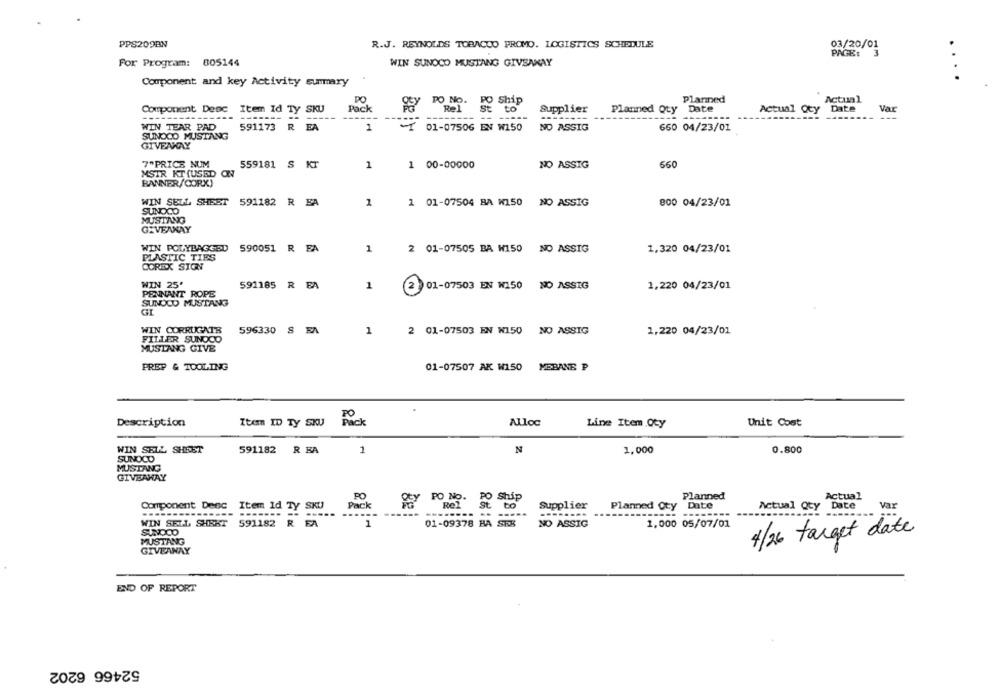
PPS209BN
R.J. REYNOLDS TOBACCO PROMO. LOGISTICS SCHEDULE
03/20/01
PAGE:
For Program: 805144
WIN SUNOCO MUSTANG GIVEAWAY
Component and key Activity summary
PO
PO No.
PO Ship
Planned
Actual
Component Denc Item Id Ty SKU
Pack
Rel
St to
Supplier
Planned Qty Date
Actual Qty
Date
Var
-------
-- ----
591173 R EA
WIN TEAR PAD
1
1 01-07506 EN W150
NO ASSIG
660 04/23/01
SUNOCO MUSTANG
GIVEAWAY
7"PRICE NUM
559181 S KT
1
1 00-00000
NO ASSIG
560
MSTR KT {USED ON
BANNER/CORX)
WIN SELL SHEST
591182 R FA
800 04/23/01
1
1 01-07504 BA W150 NO ASSIG
SUNOCO
MUSTANG
GIVEAKAY
WIN POLYBAGGED
590051 R FA
1
2 01-07505 BA W150 NO ASSIG
1,320 04/23/01
PLASTIC TIES
COREX SIGN
WIN 25'
591185 R EA
1
PENNANT ROPE
(2)
01-07503 EN W150 NO ASSIG
1,220 04/23/01
SUNOCO MUSTANG
WIN CORRUGATE
596330 S EA
1
2 01-07503 EN W150 NO ASSIG
1,220 04/23/01
FILLER SUNOCO
MUSTANG GIVE
PREP & TOOLING
01-07507 AK W150 MEBANE P
PO
Description
Item ID TY SKU
Pack
Alloc
Unit Cost
Line Item Qty
WIN SELL SHEET
591182 R BA
1
N
1,000
0.800
SUNOCO
MUSTANG
GIVEAWAY
Actual
PO
PO No.
PO Ship
Planned
Component Desc Item Id Ty SKU
Pack
RO
St to
Supplier
Planned Qty Date
Actual Qty
Date
Var
-------
---------
WIN SEIL SHEET 591182 R EA
1
01-09378 BA SER
NO ASSIG
1,000 05/07/01
SUNOCO
4/26 target date
MUSTANG
GIVEANAY
END OF REPORT
52466 6202